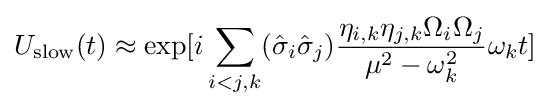
U_{\rm {slow}}(t)\approx \exp[i\sum _{i<j,k}({\hat {\sigma }}_{i}{\hat {\sigma }}_{j}){\frac {\eta _{i,k}\eta _{j,k}\Omega _{i}\Omega _{j}}{\mu ^{2}-\omega _{k}^{2}}}\omega _{k}t]